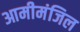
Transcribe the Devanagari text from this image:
आमीमंजिल